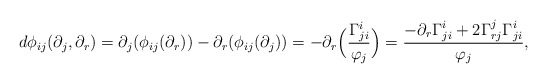
\begin{align*} d\phi_{ij}(\partial_j,\partial_r)=\partial_j(\phi_{ij}(\partial_r))-\partial_r(\phi_{ij}(\partial_j))=-\partial_r\Big(\frac{\Gamma_{ji}^i}{\varphi_j}\Big)=\frac{-\partial_r\Gamma_{ji}^i+2\Gamma_{rj}^j\Gamma_{ji}^i}{\varphi_j}, \end{align*}